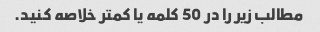
مطالب زیر را در 50 کلمه یا کمتر خلاصه کنید.